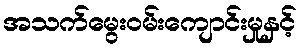
အသက်မွေးဝမ်းကျောင်းမှုနှင့်